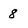
Character: 8